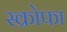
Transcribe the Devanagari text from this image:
स्क्रोफा